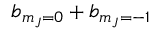
b _ { m _ { J } = 0 } + b _ { { m _ { J } = - 1 } }